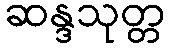
ဆန္ဒသုတ္တ